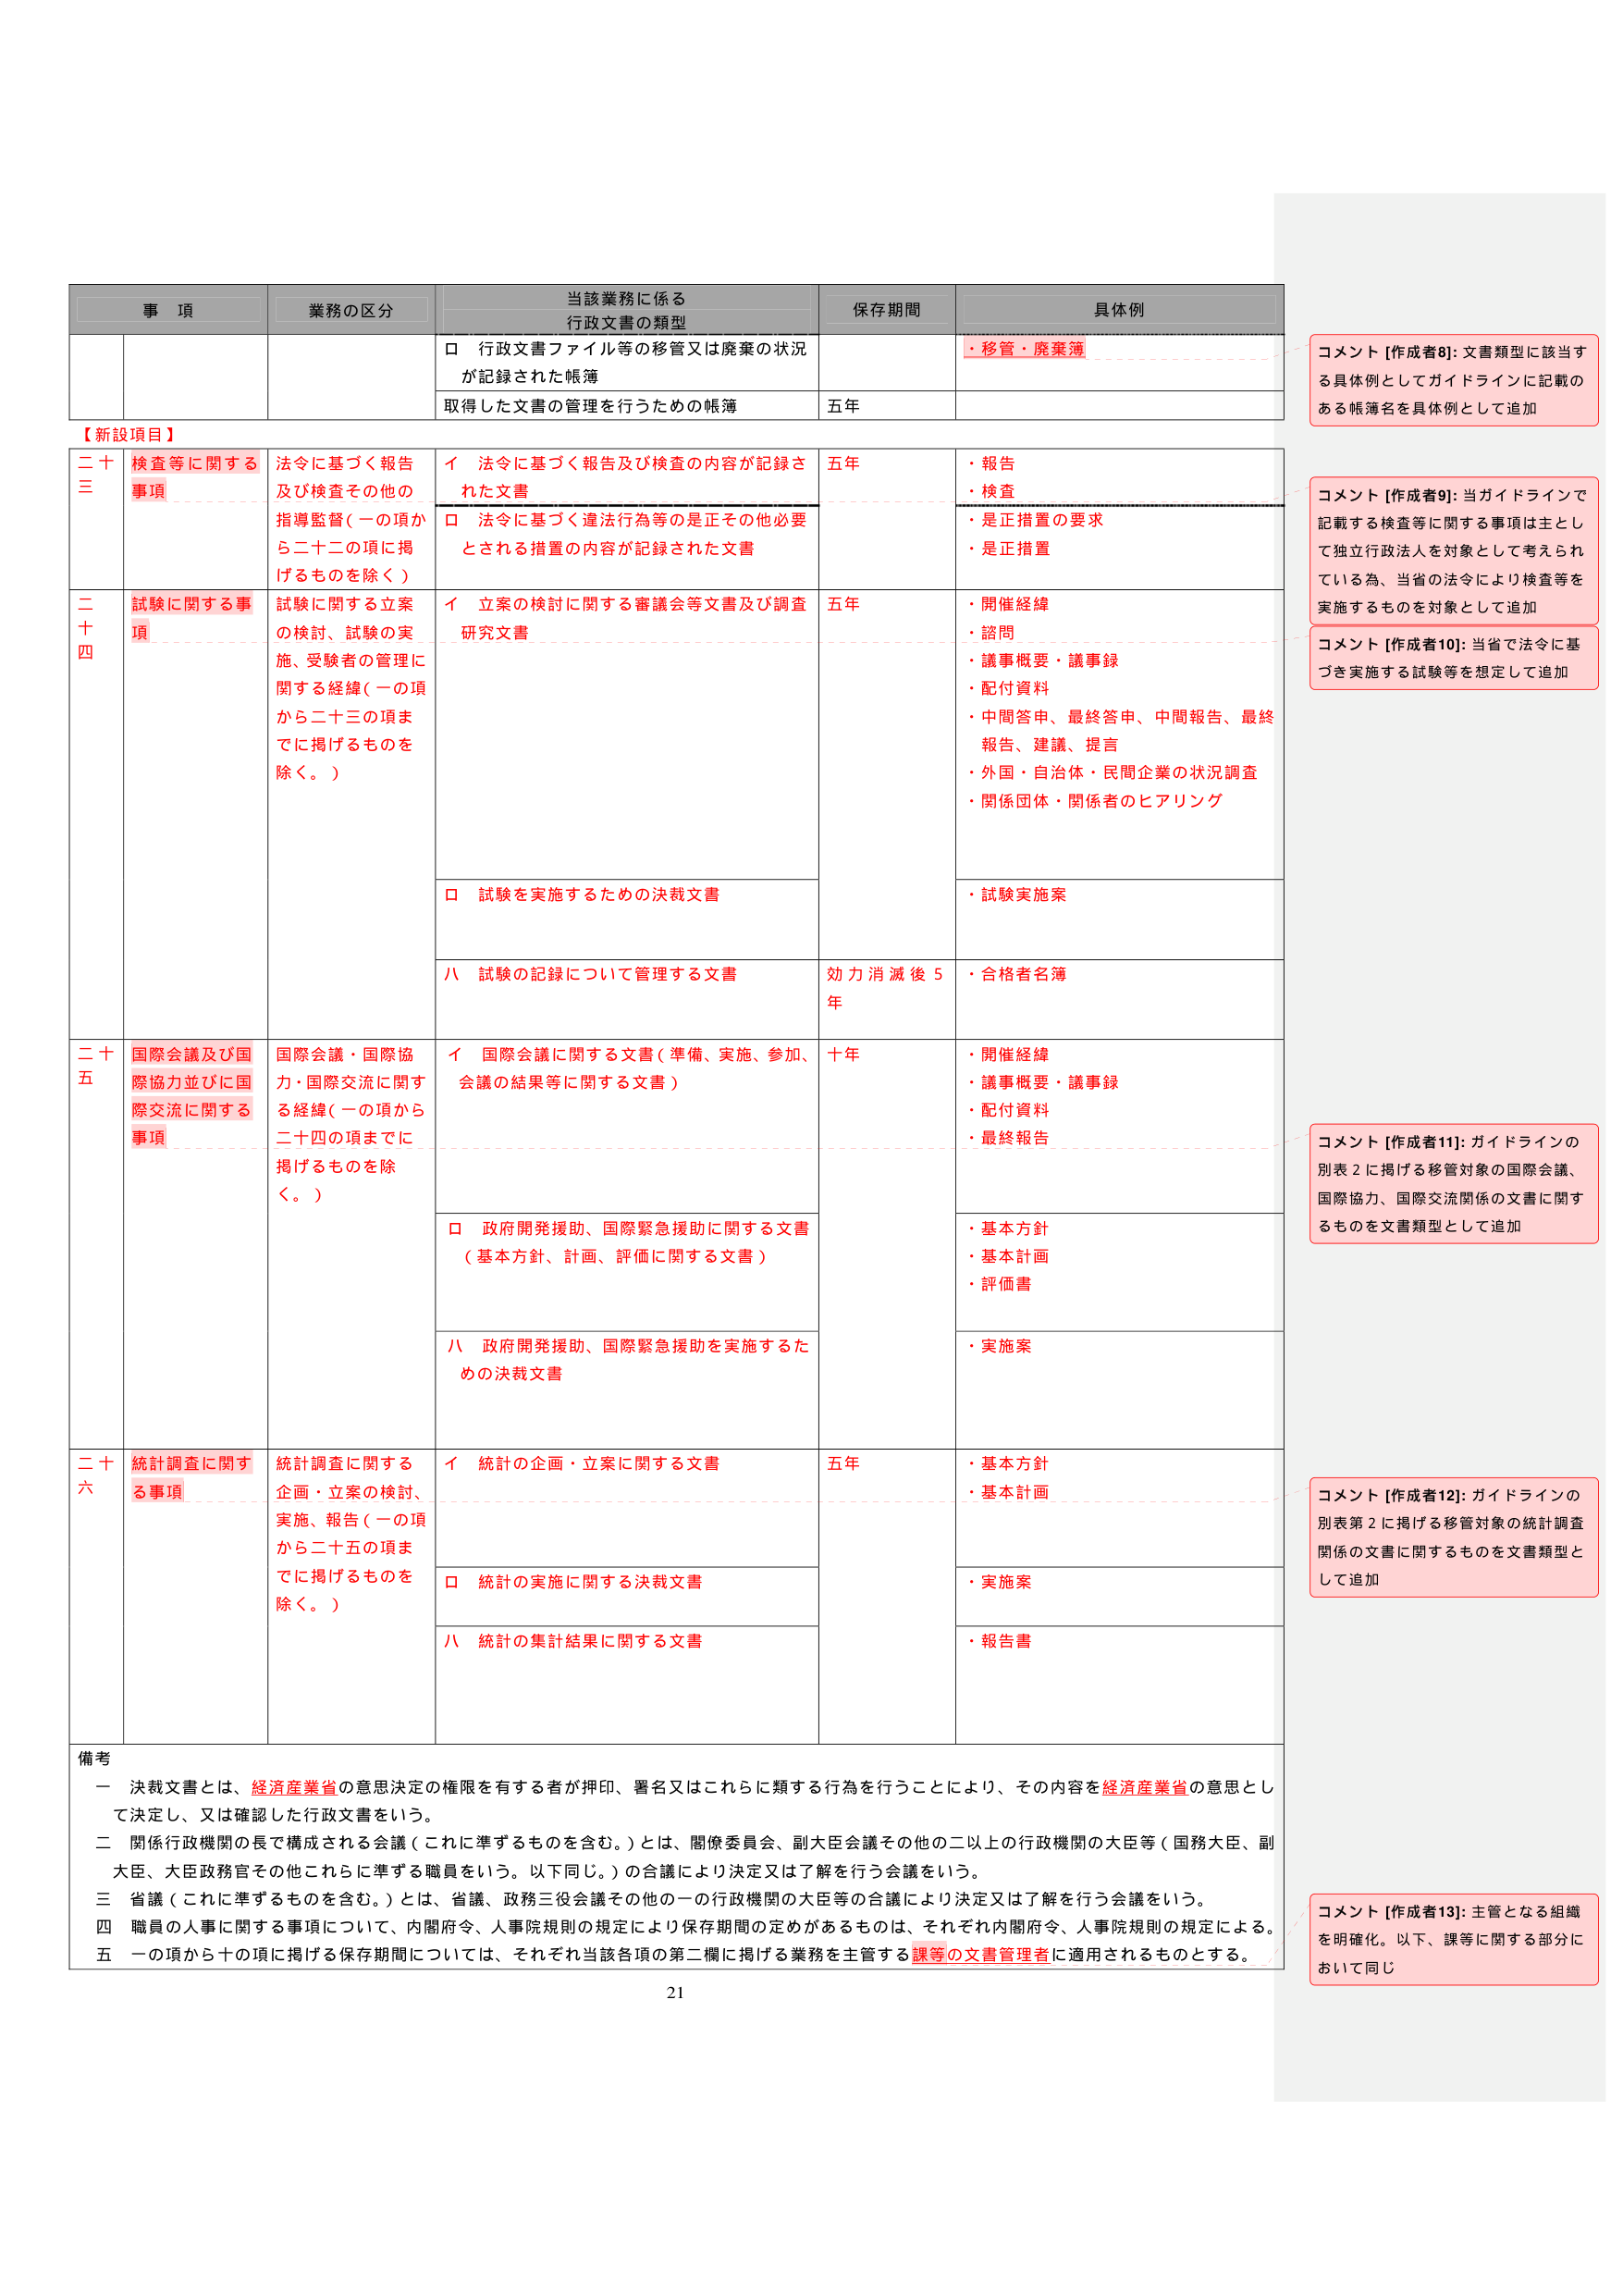
事 項 業務の区分 当該業務に係る 行政文書の類型 保存期間 具体例 □ 行政文書ファイル等の移管又は廃棄の状況 が記録された帳簿 ・移管・廃棄簿 取得した文書の管理を行うための帳簿 五年 【新設項目】 二十三 検査等に関する事項 法令に基づく報告及び検査その他の指導監督（一の項から二十二の項に掲げるものを除く。） イ 法令に基づく報告及び検査の内容が記録された文書 五年 ・報告 ・検査 □ 法令に基づく違法行為等の是正その他必要とされる措置の内容が記録された文書 ・是正措置の要求 ・是正措置 二十四 試験に関する事項 試験に関する立案の検討、試験の実施、受験者の管理に関する経緯（一の項から二十三の項までに掲げるものを除く。） イ 立案の検討に関する審議会等文書及び調査研究文書 五年 ・開催経緯 ・諮問 ・議事概要・議事録 ・配付資料 ・中間答申、最終答申、中間報告、最終報告、建議、提言 ・外国・自治体・民間企業の状況調査 ・関係団体・関係者のヒアリング □ 試験を実施するための決裁文書 ・試験実施案 ハ 試験の記録について管理する文書 効力消滅後5年 ・合格者名簿 二十五 国際会議及び国際協力並びに国際交流に関する事項 国際会議・国際協力・国際交流に関する経緯（一の項から二十四の項までに掲げるものを除く。） イ 国際会議に関する文書（準備、実施、参加、会議の結果等に関する文書） 十年 ・開催経緯 ・議事概要・議事録 ・配付資料 ・最終報告 □ 政府開発援助、国際緊急援助に関する文書（基本方針、計画、評価に関する文書） ・基本方針 ・基本計画 ・評価書 ハ 政府開発援助、国際緊急援助を実施するための決裁文書 ・実施案 二十六 統計調査に関する事項 統計調査に関する企画・立案の検討、実施、報告（一の項から二十五の項までに掲げるものを除く。） イ 統計の企画・立案に関する文書 五年 ・基本方針 ・基本計画 □ 統計の実施に関する決裁文書 ・実施案 ハ 統計の集計結果に関する文書 ・報告書 備考 一 決裁文書とは、経済産業省の意思決定の権限を有する者が押印、署名又はこれらに類する行為を行うことにより、その内容を経済産業省の意思として決定し、又は確認した行政文書をいう。 二 関係行政機関の長で構成される会議（これに準ずるものを含む。）とは、関係委員会、副大臣会議その他の二以上の行政機関の大臣等（国務大臣、副大臣、大臣政務官その他これらに準ずる職員をいう。以下同じ。）の合議により決定又は了解を行う会議をいう。 三 省議（これに準ずるものを含む。）とは、省議、政務三役会議その他の一の行政機関の大臣等の合議により決定又は了解を行う会議をいう。 四 職員の人事に関する事項について、内閣府令、人事院規則の規定により保存期間の定めがあるものは、それぞれ内閣府令、人事院規則の規定による。 五 一の項から十の項に掲げる保存期間については、それぞれ当該各項の第二欄に掲げる業務を主管する課等の文書管理者に適用されるものとする。 21 コメント [作成者8]: 文書類型に該当する具体例としてガイドラインに記載のある帳簿名を具体例として追加 コメント [作成者9]: 当ガイドラインで記載する検査等に関する事項は主として独立行政法人を対象として考えられている為、当省の法令により検査等を実施するものを対象として追加 コメント [作成者10]: 当省で法令に基づき実施する試験等を想定して追加 コメント [作成者11]: ガイドラインの別表2に掲げる移管対象の国際会議、国際協力、国際交流関係の文書に関するものを文書類型として追加 コメント [作成者12]: ガイドラインの別表第2に掲げる移管対象の統計調査関係の文書に関するものを文書類型として追加 コメント [作成者13]: 主管となる組織を明確化。以下、課等に関する部分において同じ